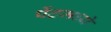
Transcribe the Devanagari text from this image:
पेंटमध्ये